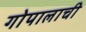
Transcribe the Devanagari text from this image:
गोपालाची